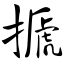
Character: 搋